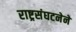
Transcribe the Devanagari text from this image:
राष्ट्रसंघटनेने